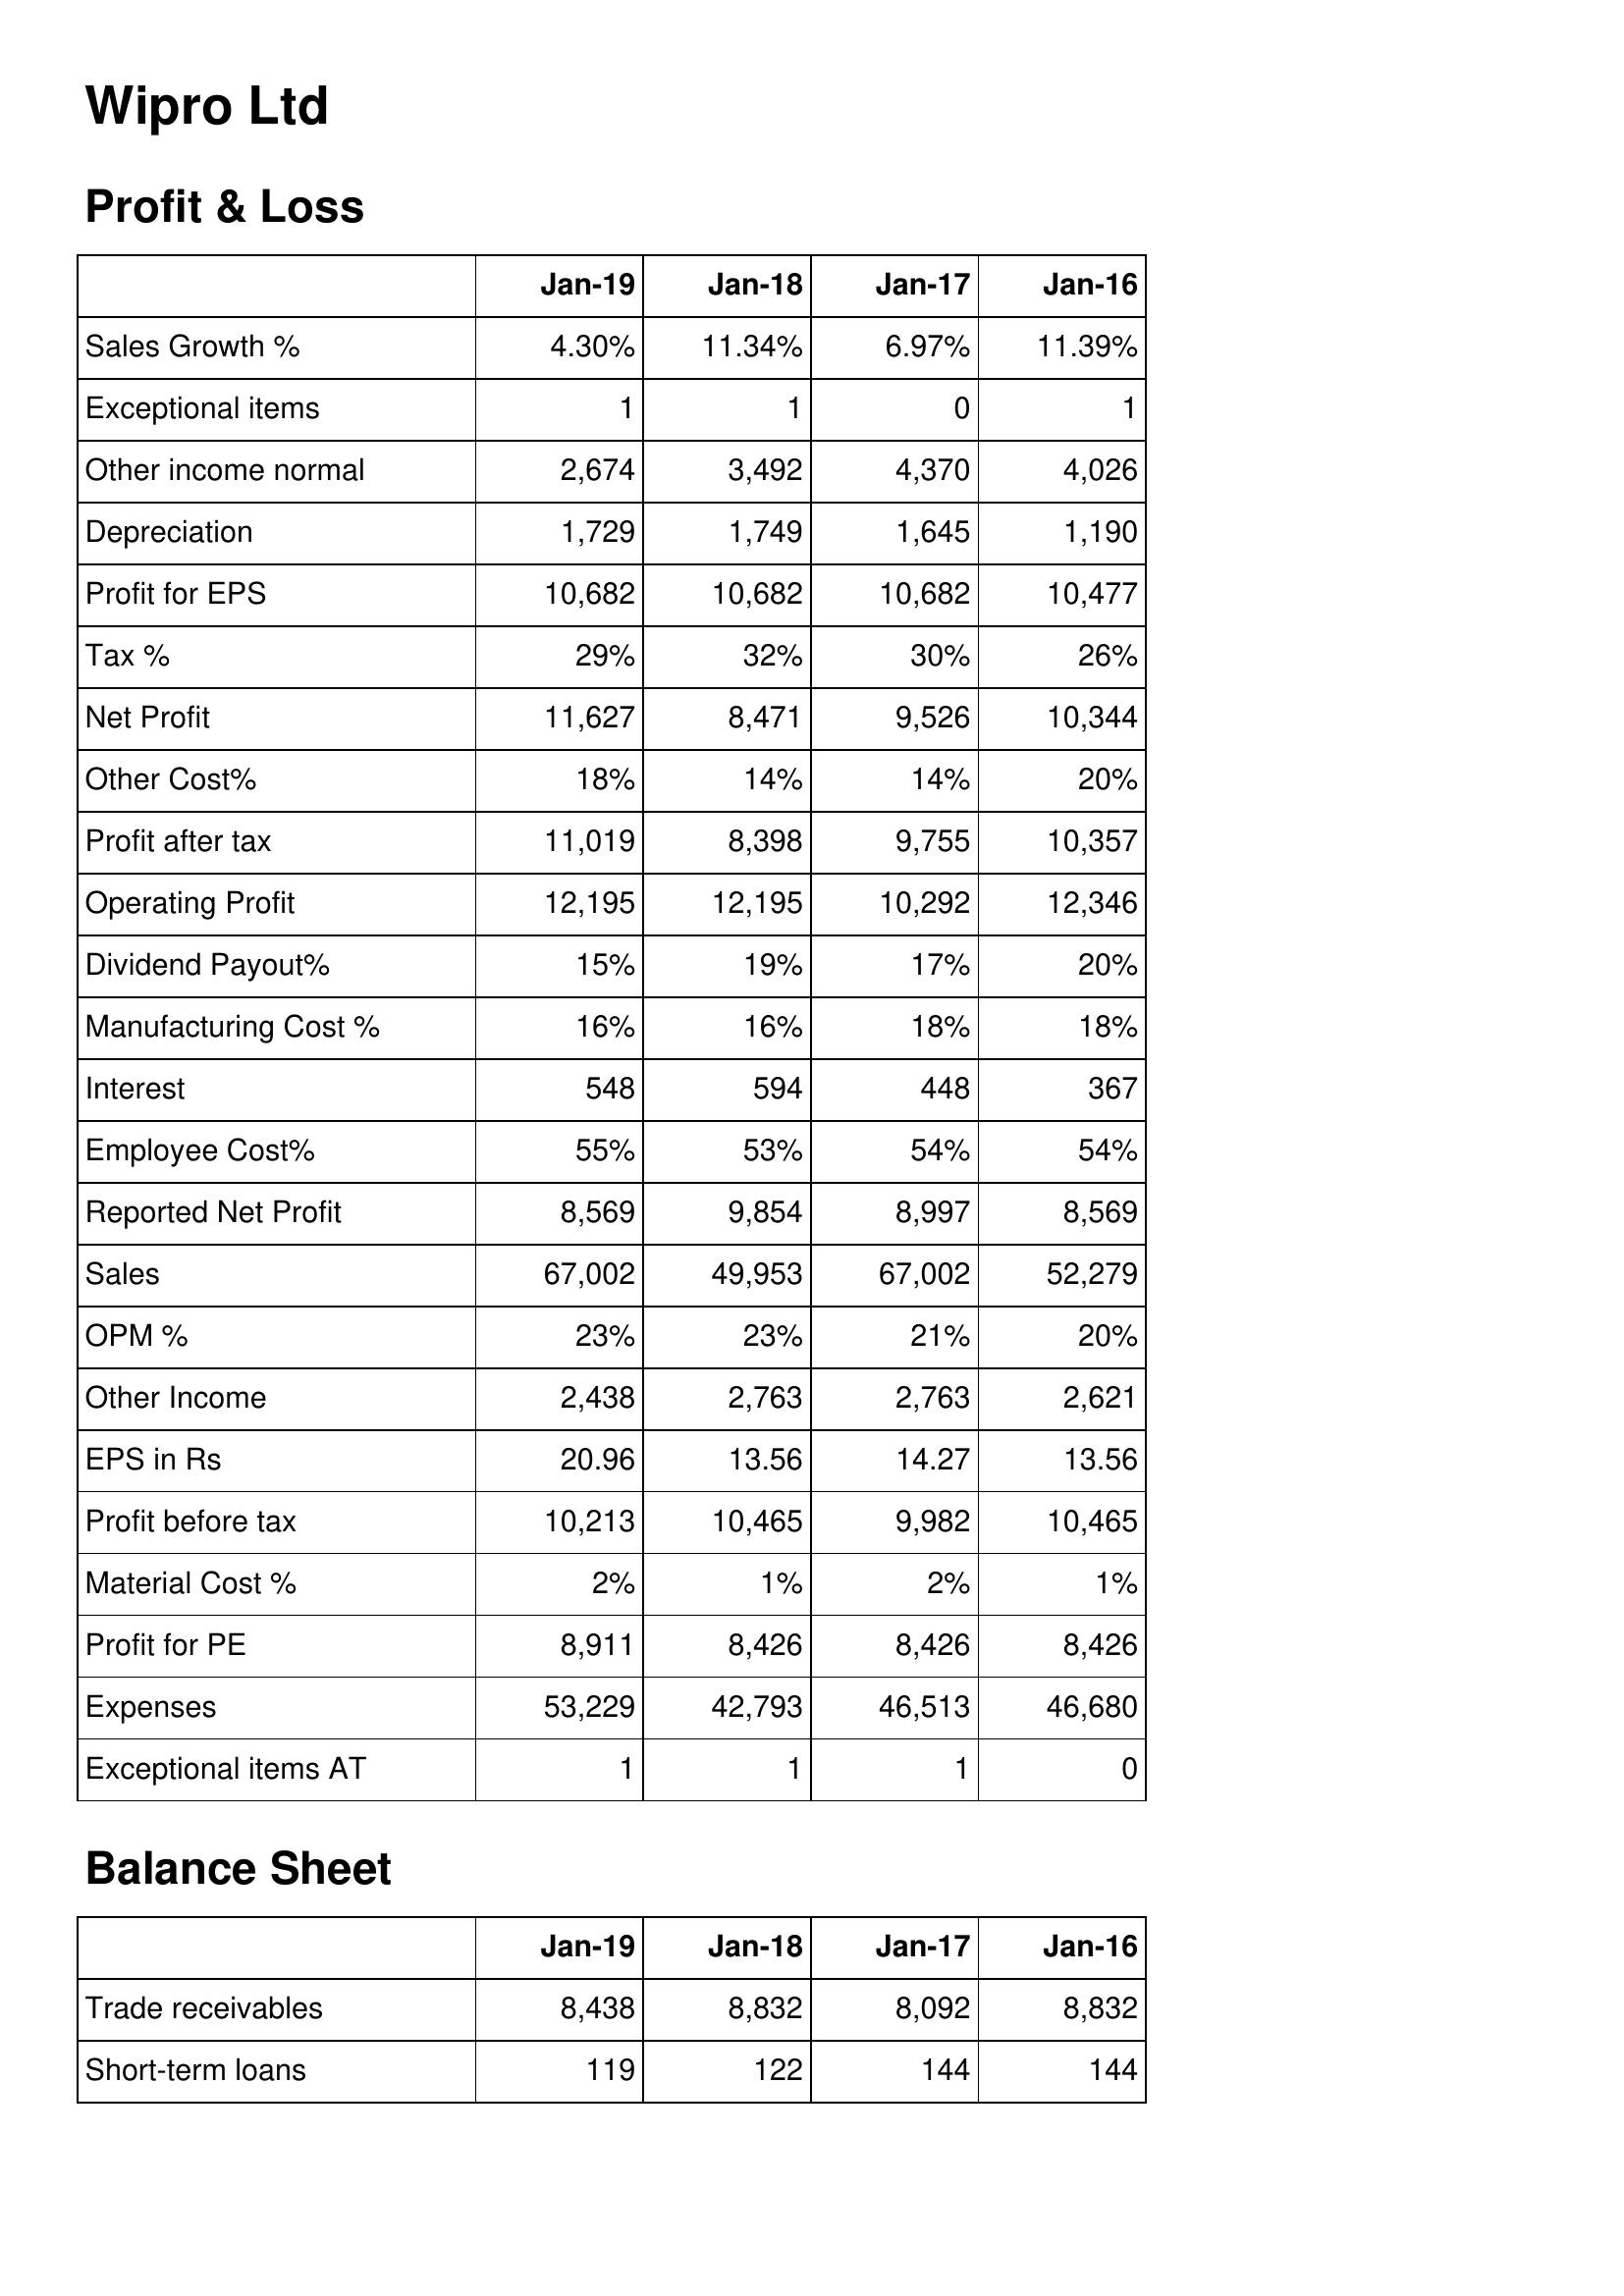
Jan-19: Profit & Loss: Sales Growth %: 4.30%
Exceptional items: 1
Other income normal: 2,674
Depreciation: 1,729
Profit for EPS: 10,682
Tax %: 29%
Net Profit: 11,627
Other Cost%: 18%
Profit after tax: 11,019
Operating Profit: 12,195
Dividend Payout%: 15%
Manufacturing Cost %: 16%
Interest: 548
Employee Cost%: 55%
Reported Net Profit: 8,569
Sales: 67,002
OPM %: 23%
Other Income: 2,438
EPS in Rs: 20.96
Profit before tax: 10,213
Material Cost %: 2%
Profit for PE: 8,911
Expenses: 53,229
Exceptional items AT: 1
Balance Sheet: Trade receivables: 8,438
Short-term loans: 119
Jan-18: Profit & Loss: Sales Growth %: 11.34%
Exceptional items: 1
Other income normal: 3,492
Depreciation: 1,749
Profit for EPS: 10,682
Tax %: 32%
Net Profit: 8,471
Other Cost%: 14%
Profit after tax: 8,398
Operating Profit: 12,195
Dividend Payout%: 19%
Manufacturing Cost %: 16%
Interest: 594
Employee Cost%: 53%
Reported Net Profit: 9,854
Sales: 49,953
OPM %: 23%
Other Income: 2,763
EPS in Rs: 13.56
Profit before tax: 10,465
Material Cost %: 1%
Profit for PE: 8,426
Expenses: 42,793
Exceptional items AT: 1
Balance Sheet: Trade receivables: 8,832
Short-term loans: 122
Jan-17: Profit & Loss: Sales Growth %: 6.97%
Exceptional items: 0
Other income normal: 4,370
Depreciation: 1,645
Profit for EPS: 10,682
Tax %: 30%
Net Profit: 9,526
Other Cost%: 14%
Profit after tax: 9,755
Operating Profit: 10,292
Dividend Payout%: 17%
Manufacturing Cost %: 18%
Interest: 448
Employee Cost%: 54%
Reported Net Profit: 8,997
Sales: 67,002
OPM %: 21%
Other Income: 2,763
EPS in Rs: 14.27
Profit before tax: 9,982
Material Cost %: 2%
Profit for PE: 8,426
Expenses: 46,513
Exceptional items AT: 1
Balance Sheet: Trade receivables: 8,092
Short-term loans: 144
Jan-16: Profit & Loss: Sales Growth %: 11.39%
Exceptional items: 1
Other income normal: 4,026
Depreciation: 1,190
Profit for EPS: 10,477
Tax %: 26%
Net Profit: 10,344
Other Cost%: 20%
Profit after tax: 10,357
Operating Profit: 12,346
Dividend Payout%: 20%
Manufacturing Cost %: 18%
Interest: 367
Employee Cost%: 54%
Reported Net Profit: 8,569
Sales: 52,279
OPM %: 20%
Other Income: 2,621
EPS in Rs: 13.56
Profit before tax: 10,465
Material Cost %: 1%
Profit for PE: 8,426
Expenses: 46,680
Exceptional items AT: 0
Balance Sheet: Trade receivables: 8,832
Short-term loans: 144